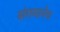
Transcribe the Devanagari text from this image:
संगमानेच